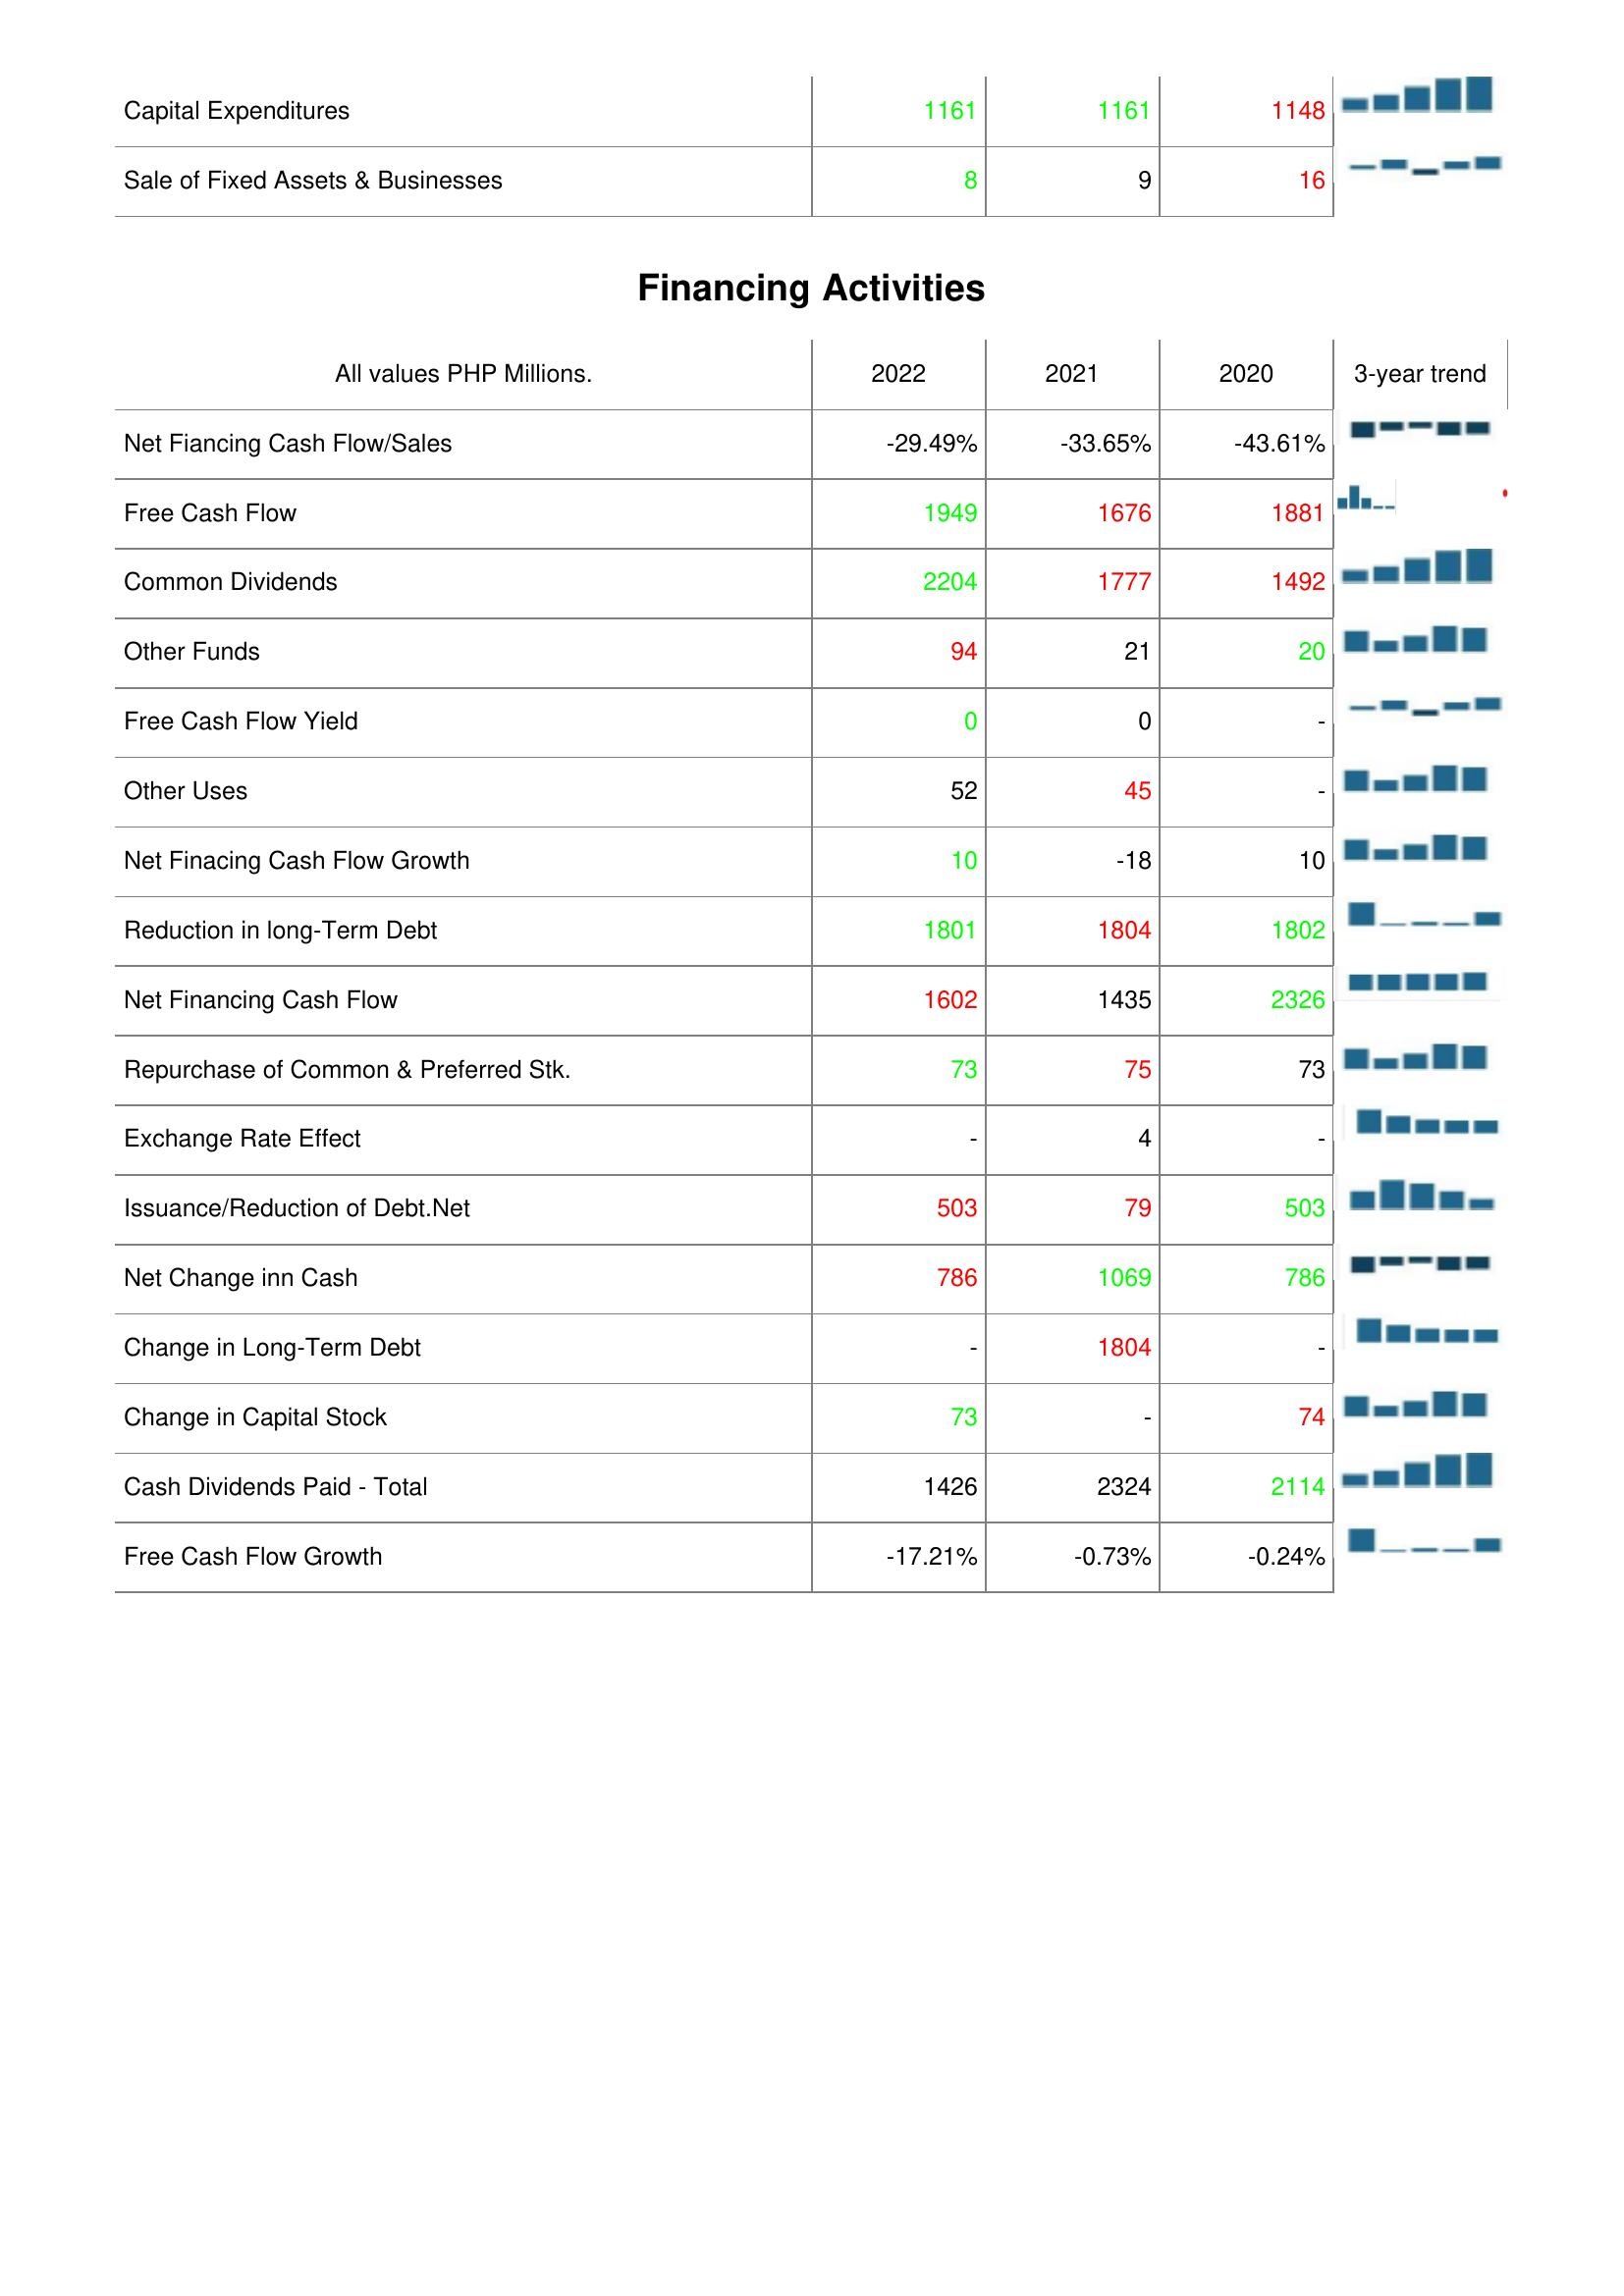
2022: Investing Activities: Capital Expenditures: 1161
Sale of Fixed Assets & Businesses: 8
Financing Activities: Net Fiancing Cash Flow/Sales: -29.49%
Free Cash Flow: 1949
Common Dividends: 2204
Other Funds: 94
Free Cash Flow Yield: 0
Other Uses: 52
Net Finacing Cash Flow Growth: 10
Reduction in long-Term Debt: 1801
Net Financing Cash Flow: 1602
Repurchase of Common & Preferred Stk.: 73
Exchange Rate Effect: -
Issuance/Reduction of Debt.Net: 503
Net Change inn Cash: 786
Change in Long-Term Debt: -
Change in Capital Stock: 73
Cash Dividends Paid - Total: 1426
Free Cash Flow Growth: -17.21%
2021: Investing Activities: Capital Expenditures: 1161
Sale of Fixed Assets & Businesses: 9
Financing Activities: Net Fiancing Cash Flow/Sales: -33.65%
Free Cash Flow: 1676
Common Dividends: 1777
Other Funds: 21
Free Cash Flow Yield: 0
Other Uses: 45
Net Finacing Cash Flow Growth: -18
Reduction in long-Term Debt: 1804
Net Financing Cash Flow: 1435
Repurchase of Common & Preferred Stk.: 75
Exchange Rate Effect: 4
Issuance/Reduction of Debt.Net: 79
Net Change inn Cash: 1069
Change in Long-Term Debt: 1804
Change in Capital Stock: -
Cash Dividends Paid - Total: 2324
Free Cash Flow Growth: -0.73%
2020: Investing Activities: Capital Expenditures: 1148
Sale of Fixed Assets & Businesses: 16
Financing Activities: Net Fiancing Cash Flow/Sales: -43.61%
Free Cash Flow: 1881
Common Dividends: 1492
Other Funds: 20
Free Cash Flow Yield: -
Other Uses: -
Net Finacing Cash Flow Growth: 10
Reduction in long-Term Debt: 1802
Net Financing Cash Flow: 2326
Repurchase of Common & Preferred Stk.: 73
Exchange Rate Effect: -
Issuance/Reduction of Debt.Net: 503
Net Change inn Cash: 786
Change in Long-Term Debt: -
Change in Capital Stock: 74
Cash Dividends Paid - Total: 2114
Free Cash Flow Growth: -0.24%